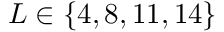
L \in \{ 4 , 8 , 1 1 , 1 4 \}